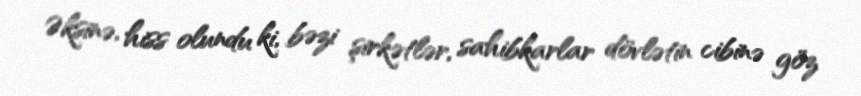
Əksinə, hiss olundu ki, bəzi şirkətlər, sahibkarlar dövlətin cibinə göz